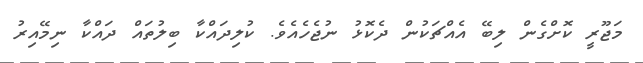
މަޖޫރީ ކޮށްގެން ލިބޭ އެއްޗަކުން ދެކޮޅު ނުޖެހެއެވެ. ކުލިދައްކާ ބިލުތައް ދައްކާ ނިމޭއިރު